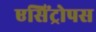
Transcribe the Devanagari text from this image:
एसिंट्रोपस